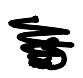
Text: is
Cross-out: scratch
Writing tool: digital_black